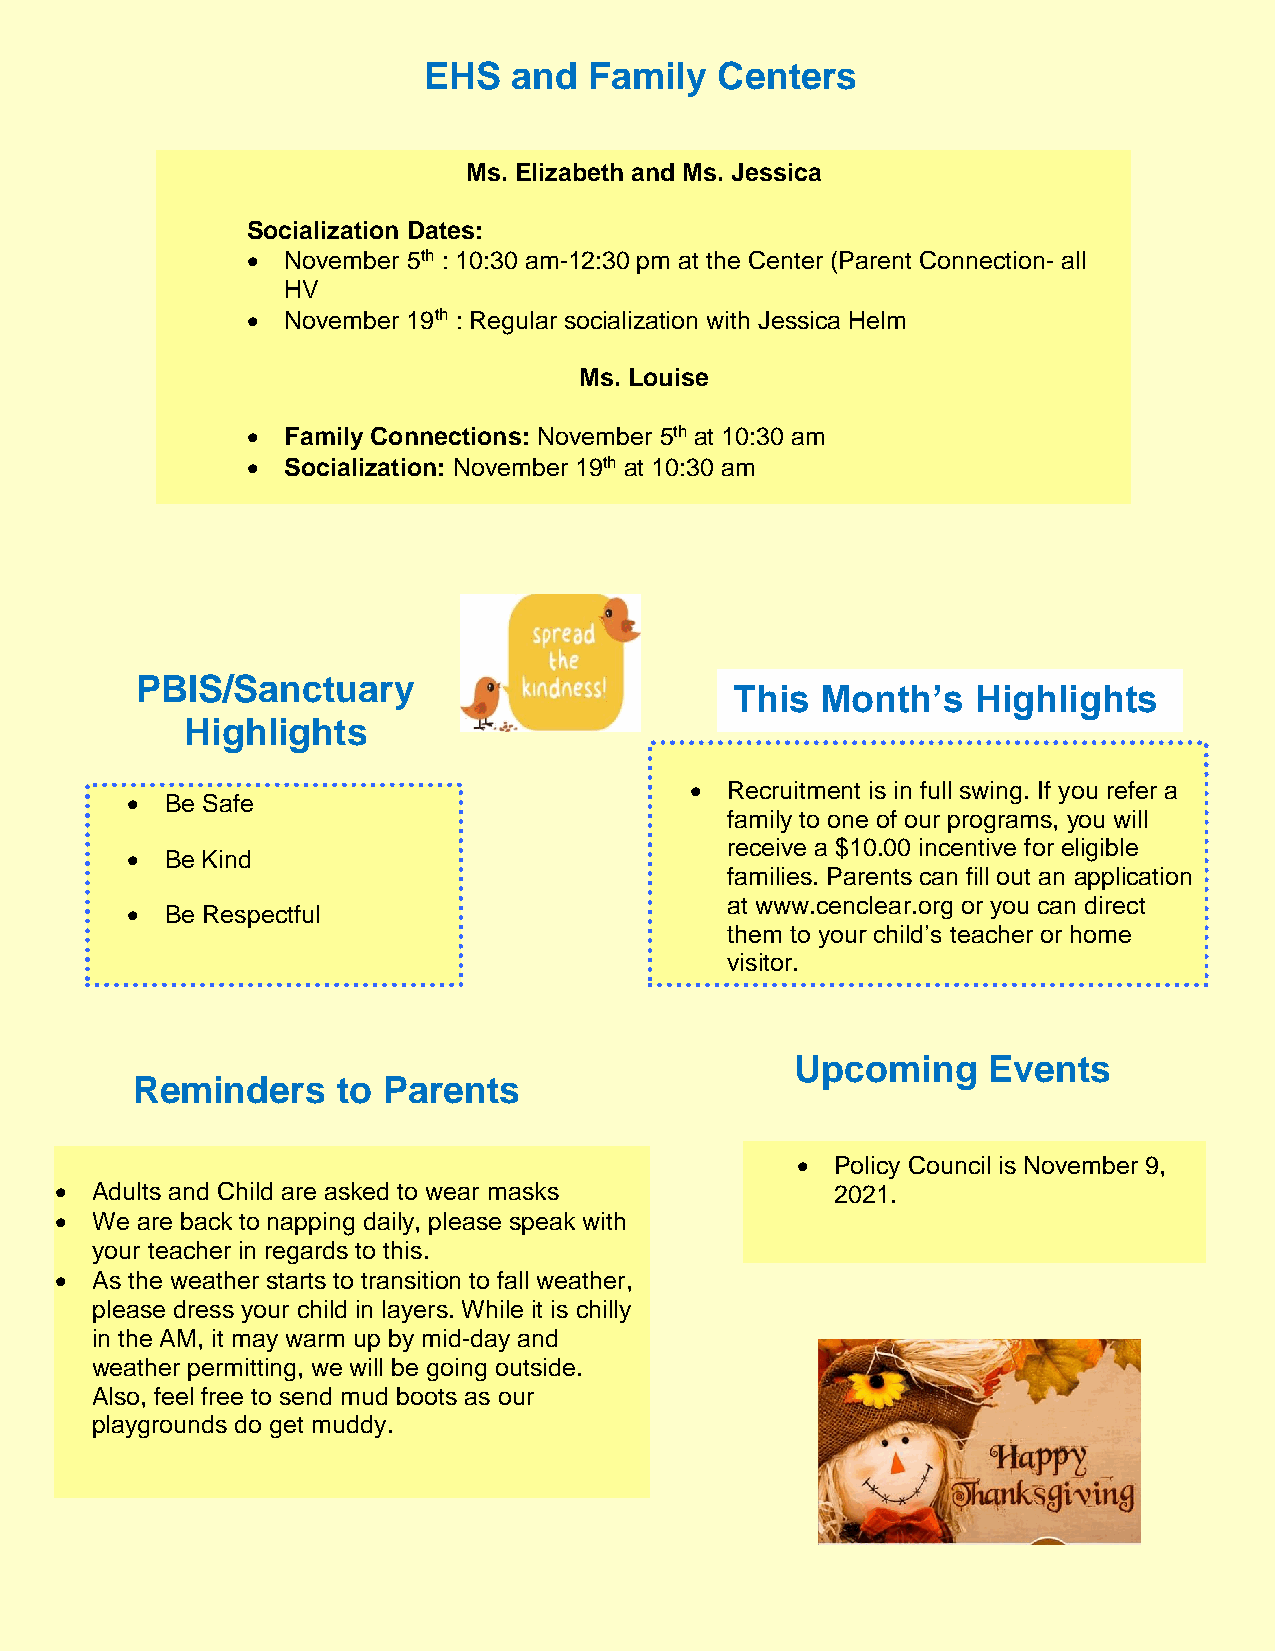
EHS   and  Family  Centers
 Ms. Elizabeth and Ms. Jessica
 Socialization Dates:
   November 5th : 10:30 am-12:30 pm at the Center (Parent Connection- all
 HV
   November 19th : Regular socialization with Jessica Helm
 Ms. Louise
   Family Connections: November 5th at 10:30 am
   Socialization: November 19th at 10:30 am
 PBIS/Sanctuary
 This Month’s    Highlights
 Highlights
  Recruitment is in full swing. If you refer a
   Be Safe
 family to one of our programs, you will
 receive a $10.00 incentive for eligible
   Be Kind
 families. Parents can fill out an application
 at www.cenclear.org or you can direct
   Be Respectful
 them to your child’s teacher or home
 visitor.
 Upcoming    Events
 Reminders    to Parents
  Policy Council is November 9,
  Adults and Child are asked to wear masks         2021.
  We are back to napping daily, please speak with
 your teacher in regards to this.
  As the weather starts to transition to fall weather,
 please dress your child in layers. While it is chilly
 in the AM, it may warm up by mid-day and
 weather permitting, we will be going outside.
 Also, feel free to send mud boots as our
 playgrounds do get muddy.